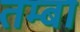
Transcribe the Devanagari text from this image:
तम्बा